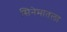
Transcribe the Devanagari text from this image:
सिनेमातला